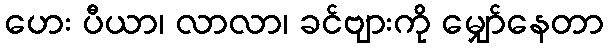
ဟေး ပီယာ၊ လာလာ၊ ခင်ဗျားကို မျှော်နေတာ